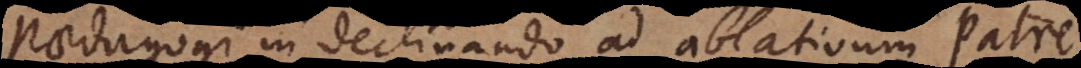
Paedagogi in declinando ad ablativum Patre